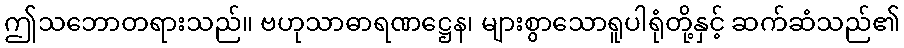
ဤသဘောတရားသည်။ ဗဟုသာဓာရဏဋ္ဌေန၊ များစွာသောရူပါရုံတို့နှင့် ဆက်ဆံသည်၏